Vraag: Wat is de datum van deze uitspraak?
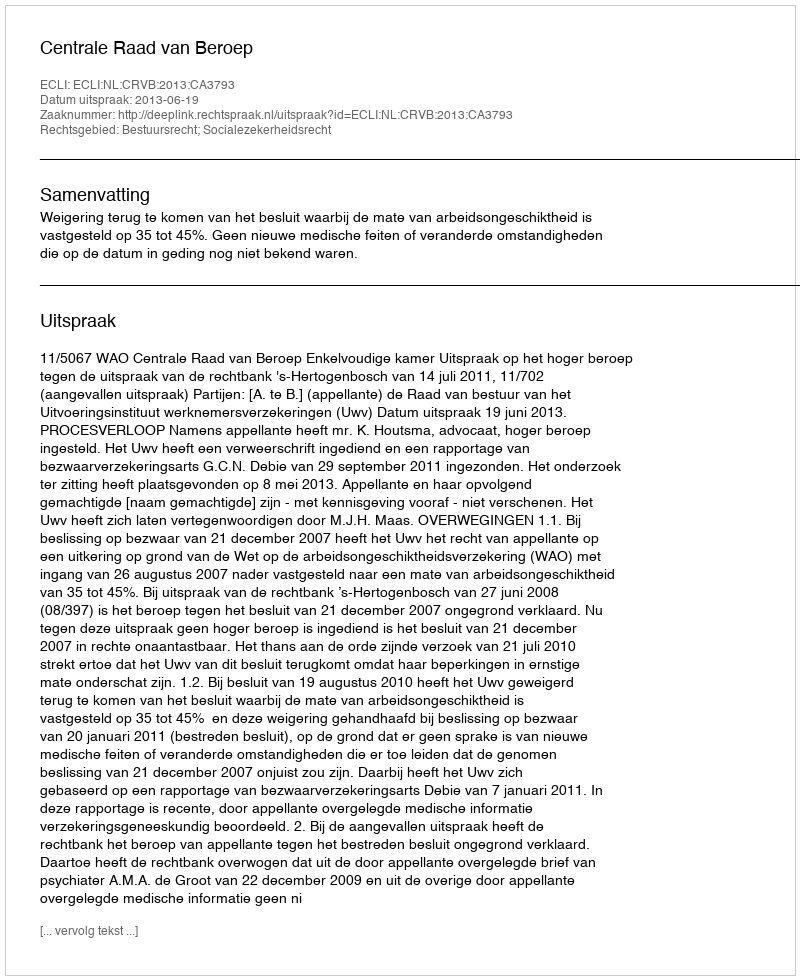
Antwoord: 2013-06-19